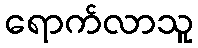
ရောက်လာသူ